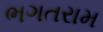
ભગતરામ